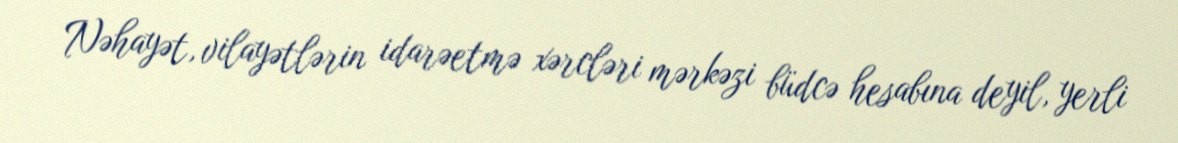
Nəhayət, vilayətlərin idarəetmə xərcləri mərkəzi büdcə hesabına deyil, yerli